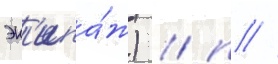
эк'ипа́ж) / п //